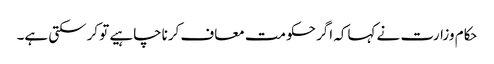
حکام وزارت نے کہاکہ اگر حکومت معاف کرناچاہیے تو کرسکتی ہے۔